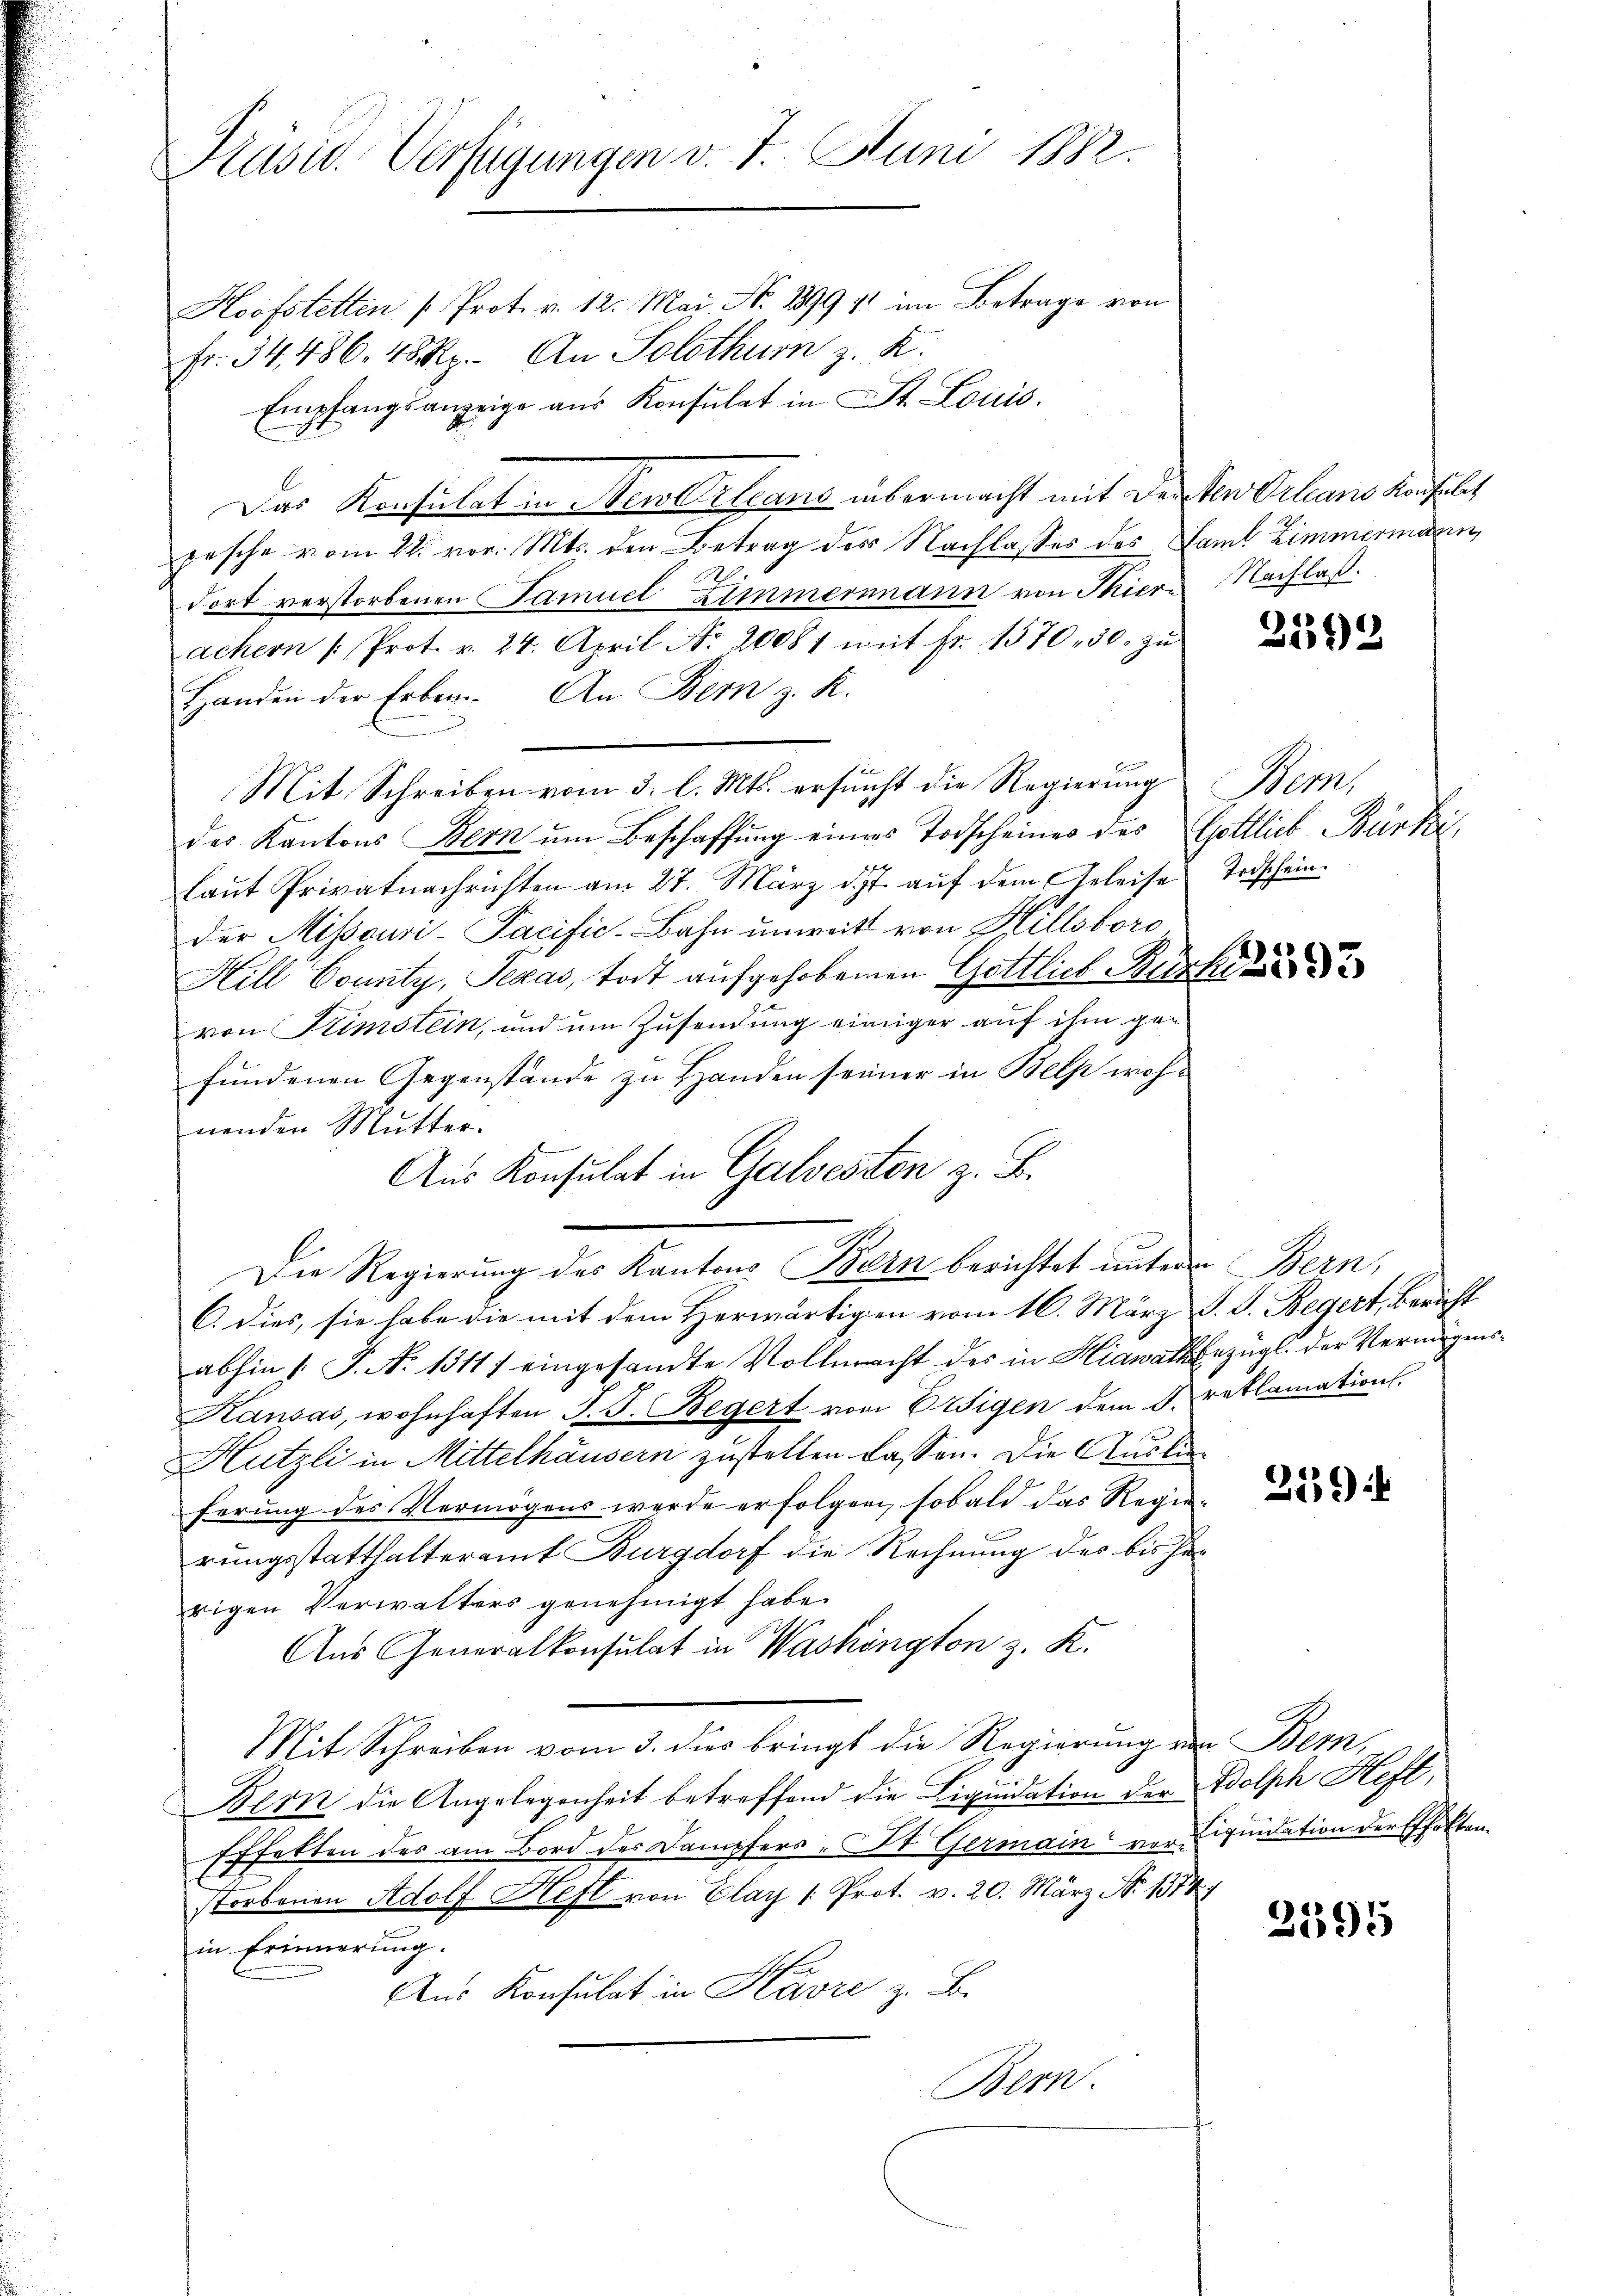
Präsid. Verfügungen v. 7. Juni 1882.
Hoofstetten (Prot. v. 12. Mai. No. 1899 11 im Betrage von

Fr. 34. 486. 48 Rp. An Solothum z. K.
Empfangsanzeige aus Konsulat in St. Louis.
Das Konsulat in Neuerland übermacht mit der den Orleans Konsulat
pesche vom 22. vor. Mts. den Betrag des Nachlasses des Saml Zimmermann,
dort verstorbenen Samuel Zimmermann von Thiere Nachlaß.
achern /: Prot. v. 24. April No 20081 mit fr. 1570, 30. zŭ
Handen der Erben. An Bern z. R.
Mit Schreiben vom 3. l. Mts. erfunft die Regierung
des Kantons Bern ŭm Beschaffŭng eines Todscheiner des Gottlich Bürki
laut Privatnachrichten am 27. März d. J. auf dem Geleise
der Missguri-Pacific-Bahn unweit von Hillstoro
Hill County, Texas, todt aufgehobenen Gottlich Bür
von Stimstein, und um Zusendung einiger auf ihm geifundenen Gegenstände zu Handen seiner in Belp wohnenden Mutter.
Aus Konsulat in Galvesten z. B.
Die Regierung der Kanton Bern berichtet unter Bern,
C. dies, sie habe die mit dem Herwärtigen vom 16. März d. J. Begert, Bericht
abhin 1. P. N. 13117 eingesandte Vollmacht des in Hiawathbezügl. der Vermögens¬
Kansas, wohnhaften J. J. Begert vom Eigen dem §. reklamation.
Hützli in Mittelhäusern zustellen lassen. Die Auslieferung des Vermögens werde erfolgen, sobald das Regierungsstatthalteramt Burgdorf die Rechnung des bis herrigen Verwalters genehmigt habe.
Aus Generalkonsulat in Washington z. K.
Mit Schreiben vom 3. dies bringt die Regierung von Bern,
Bern die Angelegenheit betreffend die Liquidation der Adolph Heft,
Effekten des am Bord der Dampfers - St. Germain vor quidation der Effekten.
storbenen Adolf Heft von Elay /: Prot. v. 20. März No. 1874
in Erinnerung.
Aus Konsulat in Havre z. B.
Bern.

2592

Bemer
Todschein.

593

259

2595